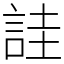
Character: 詿